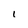
Character: 1